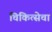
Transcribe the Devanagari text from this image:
चिकित्सेचा